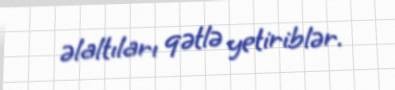
əlaltıları qətlə yetiriblər.